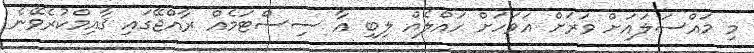
މި މައްސަލައަށް ވަރަށް އަވަހަށް ހައްލެއް ލިބި އާ ސިސްޓަމެއް ރާއްޖޭގައި ޤާއިމްކުރެވޭނެ